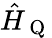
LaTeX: \hat{H}_{\mathrm{~Q~}}